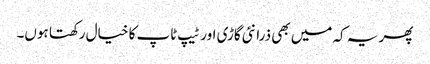
پھر یہ کہ میں بھی ذرا نئی گاڑی اور ٹیپ ٹاپ کا خیال رکھتا ہوں۔